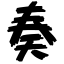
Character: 奏